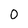
Character: 0